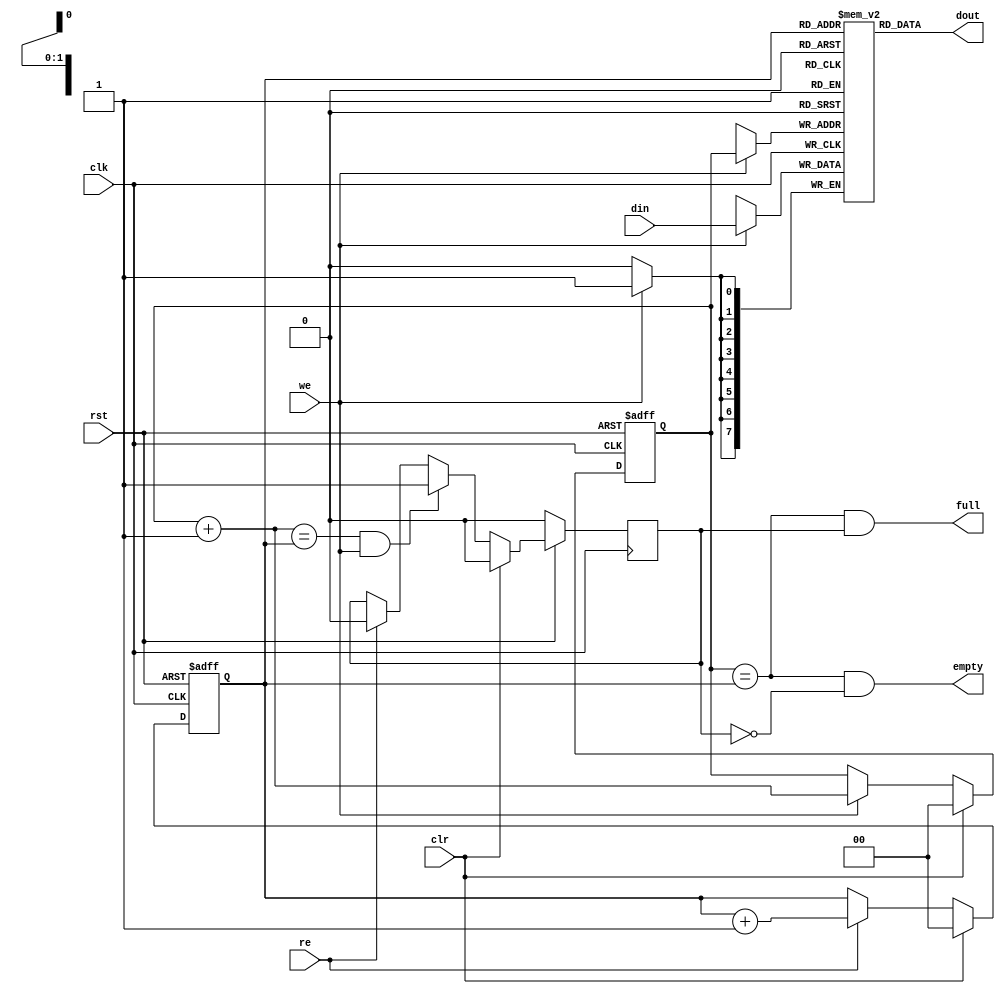
module sasc_fifo4(clk, rst, clr,  din, we, dout, re, full, empty);

input		clk, rst;
input		clr;
input   [7:0]	din;
input		we;
output  [7:0]	dout;
input		re;
output		full, empty;


////////////////////////////////////////////////////////////////////
//
// Local Wires
//

reg     [7:0]	mem[0:3];
reg     [1:0]   wp;
reg     [1:0]   rp;
wire    [1:0]   wp_p1;
wire    [1:0]   wp_p2;
wire    [1:0]   rp_p1;
wire	full, empty;
reg		gb;

////////////////////////////////////////////////////////////////////
//
// Misc Logic
//

  always @(posedge clk or negedge rst)
        if(!rst)	wp <= #1 2'h0;
        else
        if(clr)		wp <= #1 2'h0;
        else
        if(we)		wp <= #1 wp_p1;

assign wp_p1 = wp + 2'h1;
assign wp_p2 = wp + 2'h2;

  always @(posedge clk or negedge rst)
        if(!rst)	rp <= #1 2'h0;
        else
        if(clr)		rp <= #1 2'h0;
        else
        if(re)		rp <= #1 rp_p1;

assign rp_p1 = rp + 2'h1;

// Fifo Output
assign  dout = mem[ rp ];

// Fifo Input 
always @(posedge clk)
        if(we)     mem[ wp ] <= #1 din;

// Status
assign empty = (wp == rp) & !gb;
assign full  = (wp == rp) &  gb;

// Guard Bit ...
always @(posedge clk)
  	if(!rst)			gb <= #1 1'b0;
	else
	if(clr)				gb <= #1 1'b0;
	else
	if((wp_p1 == rp) & we)		gb <= #1 1'b1;
	else
	if(re)				gb <= #1 1'b0;

endmodule